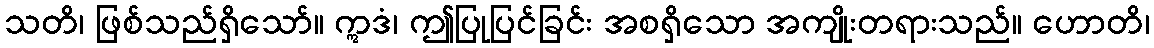
သတိ၊ ဖြစ်သည်ရှိသော်။ ဣဒံ၊ ဤပြုပြင်ခြင်း အစရှိသော အကျိုးတရားသည်။ ဟောတိ၊